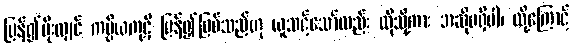
ပြန်၍မိုးလျှင် ကပ္ပိယကုဋိ ပြန်၍ဖြစ်သည်ဟု ယူသင့်သော်လည်း ထိုသို့ကား အဆိုမရှိပါ၊ ထို့ကြောင့်